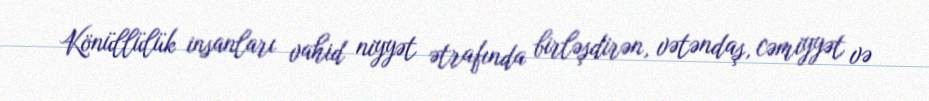
Könüllülük insanları vahid niyyət ətrafında birləşdirən, vətəndaş, cəmiyyət və